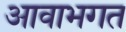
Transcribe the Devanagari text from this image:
आवाभगत